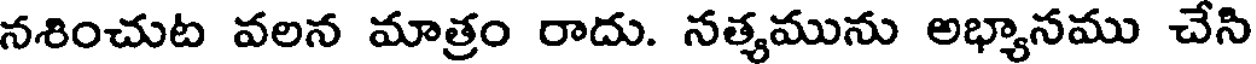
నశించుట వలన మాత్రం రాదు. నత్యమును అభ్యానము చేసి